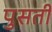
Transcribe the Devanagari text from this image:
पुसती